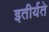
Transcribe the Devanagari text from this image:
इतीर्यते